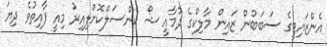
އެންޒައިޓީގެ ސަބަބުން ޒައިން މާލިކްގެ ދުމާއީ ޝޯ ކެންސަލްކޮށްލިއިރު މިއީ ފާއިތުވެ ދިޔަ